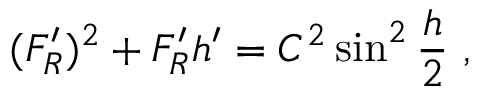
( F _ { R } ^ { \prime } ) ^ { 2 } + F _ { R } ^ { \prime } h ^ { \prime } = C ^ { 2 } \sin ^ { 2 } { \frac { h } { 2 } } \ ,